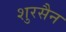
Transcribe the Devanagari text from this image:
शुरसैन